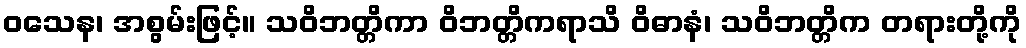
ဝသေန၊ အစွမ်းဖြင့်။ သဝိဘတ္တိကာ ဝိဘတ္တိကရာသိ ဝိဓာနံ၊ သဝိဘတ္တိက တရားတို့ကို